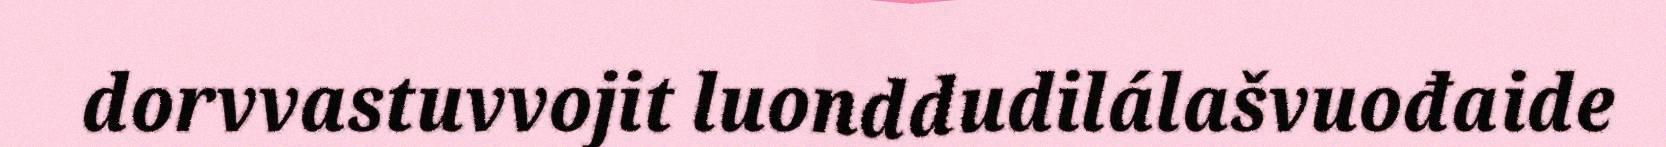
dorvvastuvvojit luonddudilálašvuođaide